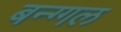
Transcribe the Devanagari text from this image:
बन्ग्गल